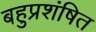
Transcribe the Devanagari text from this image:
बहुप्रशंषित